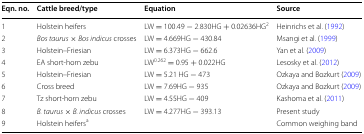
<table><thead><tr><td><b>Eqn. no.</b></td><td><b>Cattle breed/type</b></td><td><b>Equation</b></td><td><b>Source</b></td></tr></thead><tbody><tr><td>1</td><td>Holstein heifers</td><td>LW = 100.49 − 2.830HG + 0.02636HG<sup>2</sup></td><td>Heinrichs et al. (1992)</td></tr><tr><td>2</td><td><i>Bos taurus</i> × <i>Bos indicus</i> crosses</td><td>LW = 4.669HG − 430.84</td><td>Msangi et al. (1999)</td></tr><tr><td>3</td><td>Holstein–Friesian</td><td>LW = 6.373HG − 662.6</td><td>Yan et al. (2009)</td></tr><tr><td>4</td><td>EA short-horn zebu</td><td>LW<sup>0.262</sup> = 0.95 + 0.022HG</td><td>Lesosky et al. (2012)</td></tr><tr><td>5</td><td>Holstein–Friesian</td><td>LW = 5.21 HG − 473</td><td>Ozkaya and Bozkurt (2009)</td></tr><tr><td>6</td><td>Cross breed</td><td>LW = 7.69HG − 935</td><td>Ozkaya and Bozkurt (2009)</td></tr><tr><td>7</td><td>Tz short-horn zebu</td><td>LW = 4.55HG − 409</td><td>Kashoma et al. (2011)</td></tr><tr><td>8</td><td><i>B. taurus</i> × <i>B. indicus</i> crosses</td><td>LW = 4.277HG − 393.13</td><td>Present study</td></tr><tr><td>9</td><td>Holstein heifers<sup>a</sup></td><td>[EMPTY_CELL]</td><td>Common weighing band</td></tr></tbody></table>